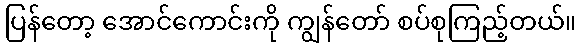
ပြန်တော့ အောင်ကောင်းကို ကျွန်တော် စပ်စုကြည့်တယ်။